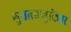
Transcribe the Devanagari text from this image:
गुनतवणुकिवर